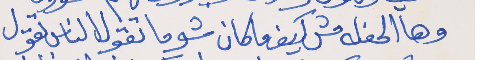
وهالحفلة مش كيف ما كان     شوما تقول الناس تقول